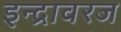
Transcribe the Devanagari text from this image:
इन्द्रावरज